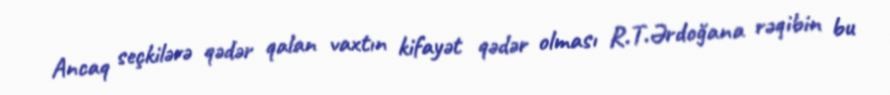
Ancaq seçkilərə qədər qalan vaxtın kifayət qədər olması R.T.Ərdoğana rəqibin bu